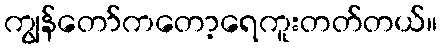
ကျွန်တော်ကတော့ရေကူးတတ်တယ်။